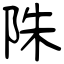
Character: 陎